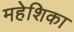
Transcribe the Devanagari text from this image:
महेशिका